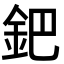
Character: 鈀